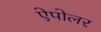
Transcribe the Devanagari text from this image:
ऐपोलर